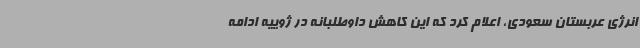
انرژی عربستان سعودی، اعلام کرد که این کاهش داوطلبانه در ژوییه ادامه